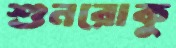
শুনরোকু